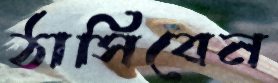
ঠাসিবেন